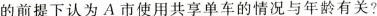
的前提下认为A市使用共享单车的情况与年龄有关?